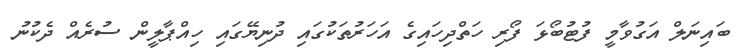
ބައިނަލް އަގުވާމީ ފުޓުބޯޅަ ފޯރި ހަތްދިހައިގެ އަހަރުތަކުގައި ދުނިޔޭގައި ހިއްޕާލީން ސުރެއް ދެކުނު